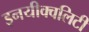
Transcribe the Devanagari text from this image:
इनयीक्वलिटी